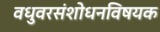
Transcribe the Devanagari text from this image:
वधुवरसंशोधनविषयक